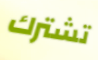
تشترك